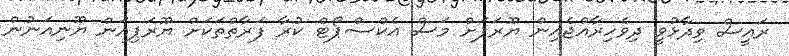
ރައީސް ވިދާޅުވީ ދިވެހިރާއްޖެއިން ޔޫރަޕަށް މަސް އެކްސްޕޯޓް ކުރާ ފަރާތްތަކަށް ޔޫރަޕިއަން ޔޫނިއަނުން